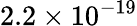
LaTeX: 2.2\times 10^{-19}